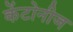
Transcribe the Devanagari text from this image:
केंटोनीज